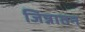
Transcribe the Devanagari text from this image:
जिन्नातन